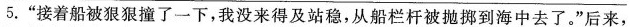
5.”接着船被狠狠撞了一下，我没来得及站稳，从船栏杆被抛掷到海中去了。”后来，